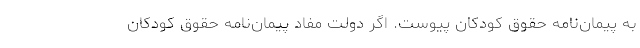
به پیمان‌نامه حقوق کودکان پیوست. اگر دولت مفاد پیمان‌نامه حقوق کودکان